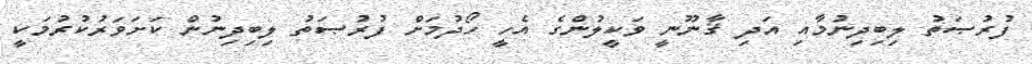
ފުރުޞަތު ލިބިދިނުމާއި އަދި ޤާނޫނީ ވަކީލުންގެ އެހީ ހޯދުމަށް ފުރުޞަތު ލިބިދިނުން ކަށަވަރުކުރުމަކީ